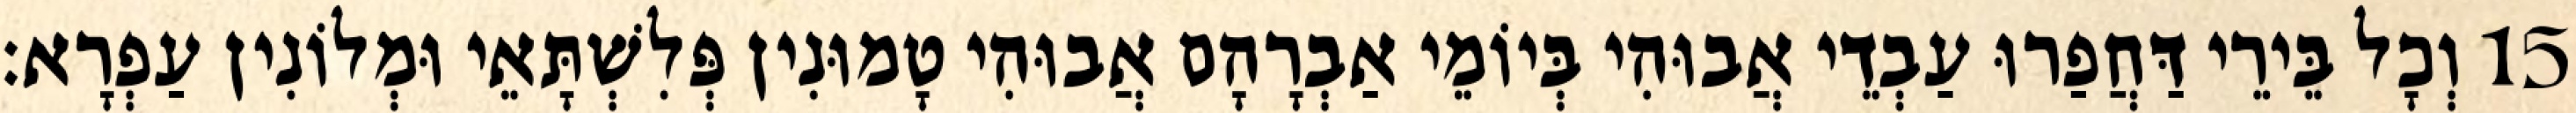
15 וְכָל בֵּירֵי דַּחֲפַרוּ עַבְדֵי אֲבוּהִי בְּיוֹמֵי אַבְרָהָם אֲבוּהִי טָמוּנִין פְּלִשְׁתָּאֵי וּמְלוֹנִין עַפְרָא׃